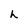
Character: h